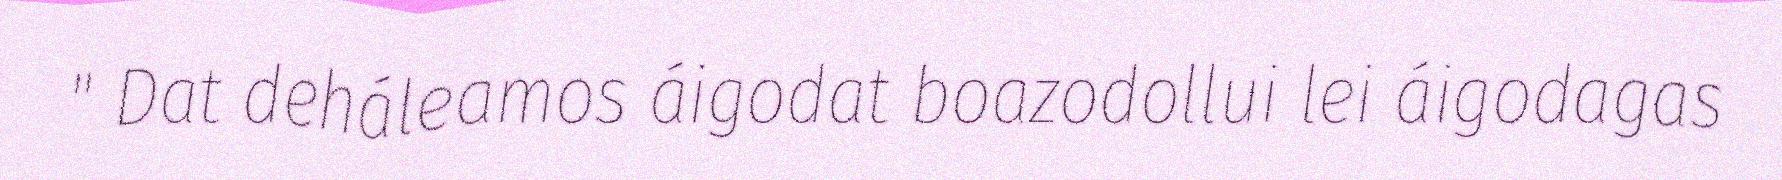
" Dat deháleamos áigodat boazodollui lei áigodagas